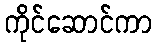
ကိုင်ဆောင်ကာ